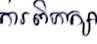
ការពិភាក្សា